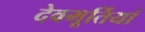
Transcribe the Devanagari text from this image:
देवमूर्तियां